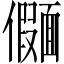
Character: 𫖄